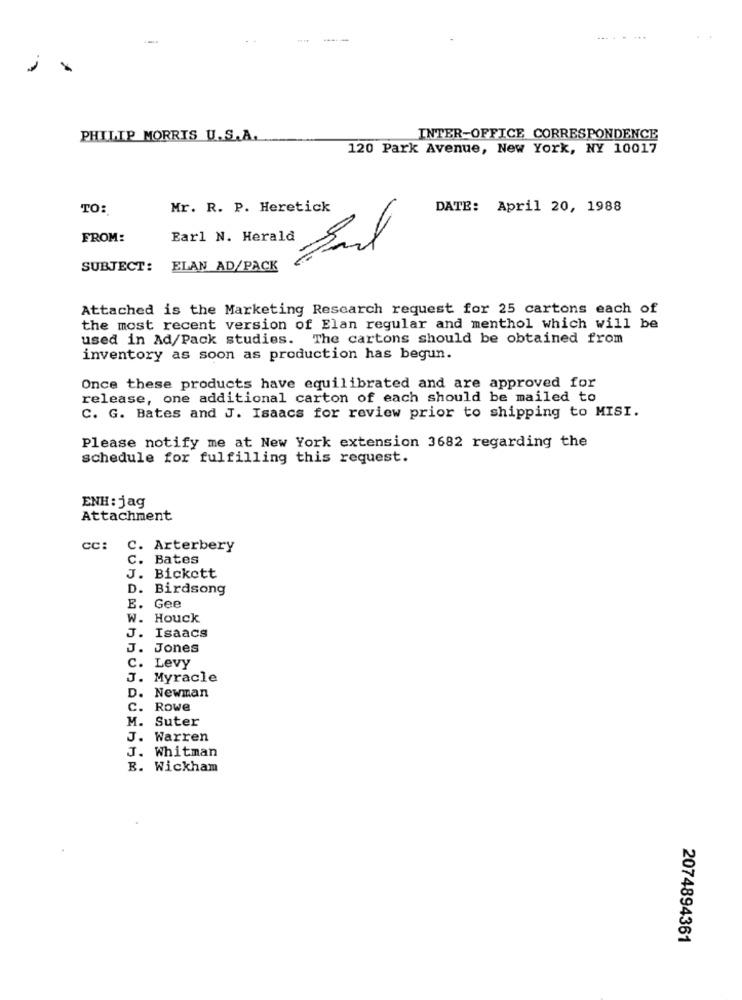
PHILIP MORRIS U.S.A.
INTER-OFFICE CORRESPONDENCE
120 Park Avenue, New York, NY 10017
TO:
Mr. R. P. Heretick
DATE: April 20, 1988
FROM:
Earl N. Herald
SUBJECT:
ELAN AD/PACK
Attached is the Marketing Research request for 25 cartons each of
the most recent version of Elan regular and menthol which will be
used in Ad/Pack studies. The cartons should be obtained from
inventory as soon as production has begun.
Once these products have equilibrated and are approved for
release, one additional carton of each should be mailed to
C. G. Bates and J. Isaacs for review prior to shipping to MISI.
Please notify me at New York extension 3682 regarding the
schedule for fulfilling this request.
ENH: jag
Attachment
CC: C. Arterbery
C. Bates
J. Bickett
D.
Birdsong
E.
Gee
W.
Houck
J.
Isaacs
J.
Jones
c.
Levy
J. Myracle
Newman
D.
c.
Rowe
Suter
J.
Warren
J. Whitman
B. Wickham
2074894361